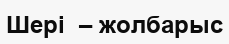
Шері  – жолбарыс